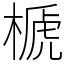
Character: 榹